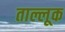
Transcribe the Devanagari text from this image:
ताल्लूक